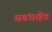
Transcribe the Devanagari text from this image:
सबंधक्षेत्र